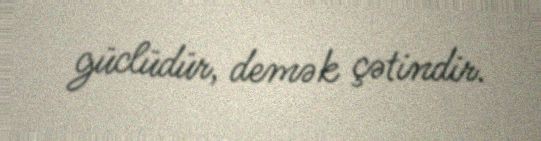
güclüdür, demək çətindir.